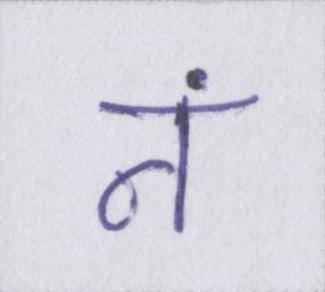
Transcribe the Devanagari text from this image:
नं